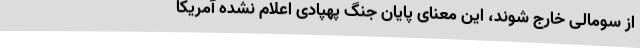
از سومالی خارج شوند، این معنای پایان جنگ پهپادی اعلام نشده آمریکا